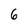
Character: 6